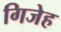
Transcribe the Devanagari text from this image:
गिजेह